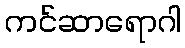
ကင်ဆာရောဂါ